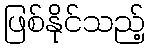
ဖြစ်နိုင်သည့်